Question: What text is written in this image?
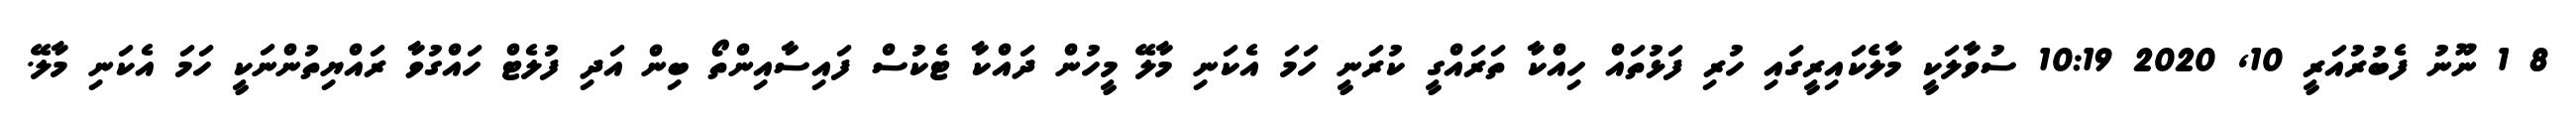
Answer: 8 1 ނޫނު ފެބުރުއަރީ 10, 2020 10:19 ސުވާލަކީ މާލެކައިރީގައި ހުރި ފަޅުތައް ހިއްކާ ތަރައްގީ ކުރަނީ ހަމަ އެކަނި މާލޭ މީހުން ދައްކާ ޓެކުސް ފައިސާއިންތޯ ބިން އަދި ފުލެޓް ހައްގުވާ ރައްޔިތުންނަކީ ހަމަ އެކަނި މާލޭ.